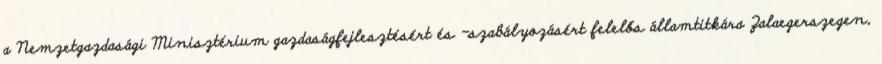
a Nemzetgazdasági Minisztérium gazdaságfejlesztésért és -szabályozásért felelős államtitkára Zalaegerszegen,